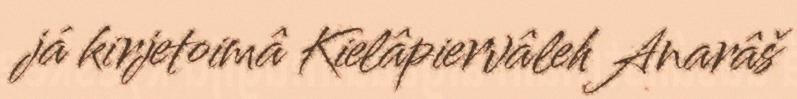
já kirjetoimâ Kielâpiervâleh Anarâš